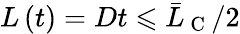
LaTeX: L\left(t\right)=Dt\leqslant\bar{L}_{\mathrm{~C~}}/2